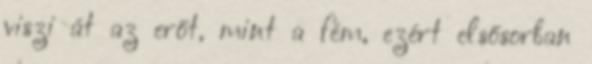
viszi át az erőt, mint a fém, ezért elsősorban